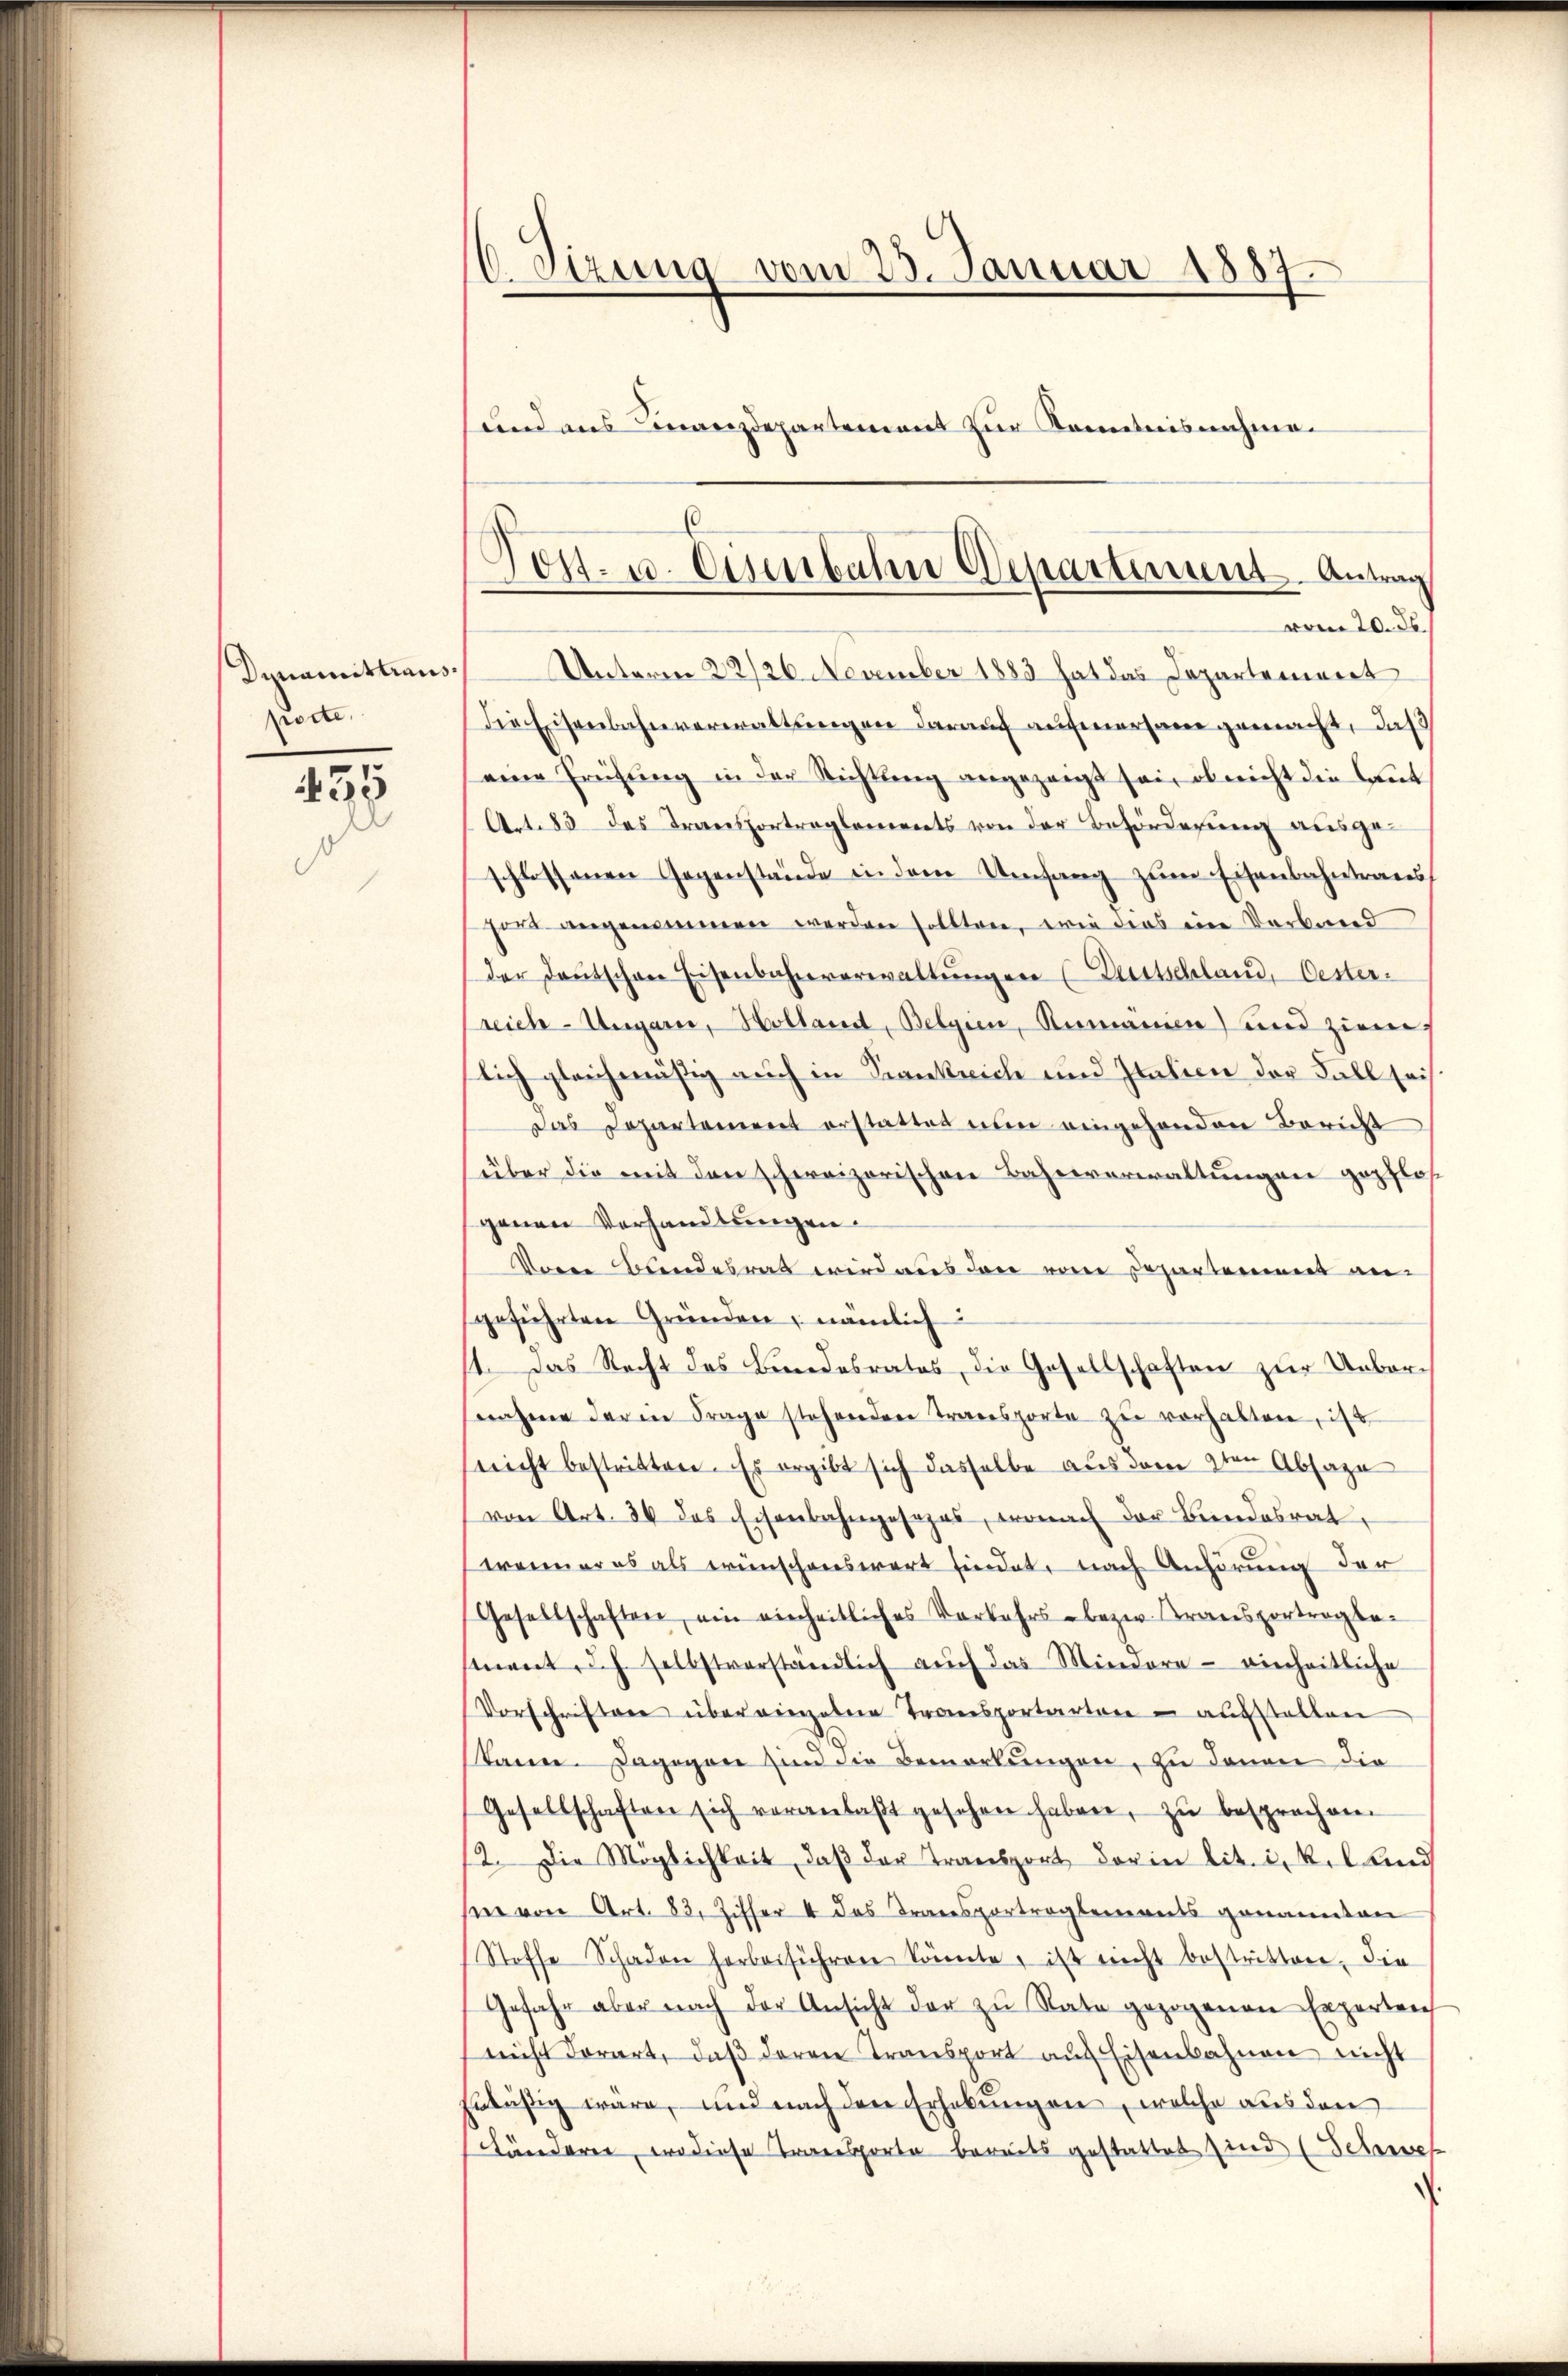
Dynamistiaus
podte

435
d

C Sizung vom 23. Januar 1887.
sund aus Finanzdepartement zur Kenntnisnahme.

Unterm 22/26. November 1883 hat das Departement
Die Eisenbahnverwaltungen darauf aufmersame gemacht, daß
(eine Frühŭng in der Richtung angezeigt sei, ob nicht die Cant
A.1.83 das Transportreglements von der Beförderung ausgeschlossenen Gegenstände in dem Umfang zum Eisenbahntraus,
hie angenommen werden sollten, wie dies eine Verband
der deŭtschen Eisenbahnverwaltŭngen (Bertschland, Oesterreich-Ungarn, Holland, Belgien, Rumanien) und ziem
lich gleichmäßig auch in Frankreich und Italien der Fall seis
Das Departement erstattet nun eingehenden Bericht
über die mit den schweizerischen Bahnverwaltungen gepflos
genen Verhandlungen.
Vom Bundesrat wird aus den vom Departement an
geführten Gründen, nämlich
11. Das Recht des Bundesrates, die Gesellschaften zur Unberg
snahme der in Frage stehenden Transporte zu verhalten, ist
sreicht bestritten. Es ergibt sich dasselbe aus dem 9ten Absage
von Art. 34 des Eisenbahngesezes, wonach der Bundesrat
wrainer es als wünschenswert findet, nach Anhörung der
Gesellschaften, ein einheitliches Vorkehrs- bezw. Kransportragbamant Ich selbstverständlich aŭch das Mindere - einheitliche
Vorschriftere überwiegebene Transportarten - aufstellen
skann. Dagegen sind die Bemerkungen, zu denen die
Gesellschaften sich veranlaβt gesehen haben, zŭ besprechen.
12. Die Möglichkeit, daβ der Transport der in lit. i. kil und
see von Art. 83. Ziffer 4 das Transportreglements genannten
Stoffe Schaden herbeiführen könnte, ist nicht bestritten, die
Gefahr aber nach der Ansicht der zu Rate gezogenen Experten
nicht derart, daβ deren Transport aŭf Eisenbahnen nicht
Erläßig wäre, und nach den Erhebungen, welche aus den
Länderen, wo diese Transporte bereits gestattet sind (Schweh

Post- u. Eisenbahn Departiment Antrag
vom 20. ds.